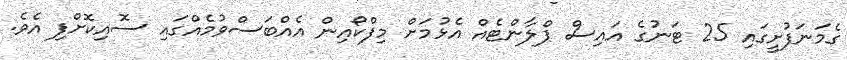
ގެމަނަފުށީގައި 25 ޓަނުގެ އައިސް ޕްލާންޓެއް އެޅުމަށް މިފްކޯއިން އެއްބަސްވުމެއްގައި ސޮއިކޮށްފި އެވެ.